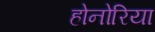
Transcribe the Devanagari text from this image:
होनोरिया